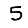
Digit: 5